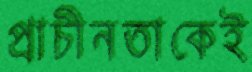
প্রাচীনতাকেই